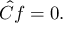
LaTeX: { \hat { C } } f = 0 .